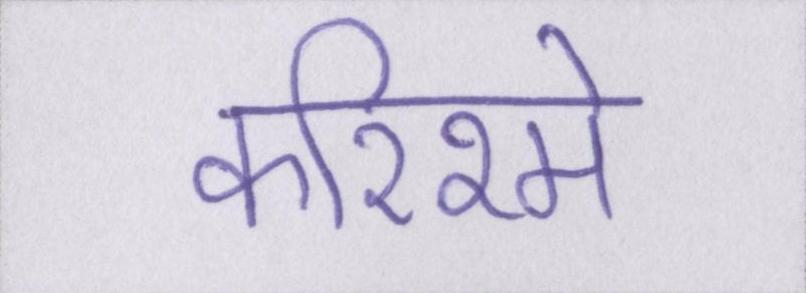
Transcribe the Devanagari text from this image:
करिश्मे